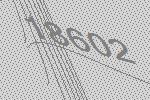
18602